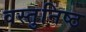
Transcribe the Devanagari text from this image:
वस्‍तुनिष्‍ठ